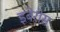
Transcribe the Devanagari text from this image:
इबेरोस